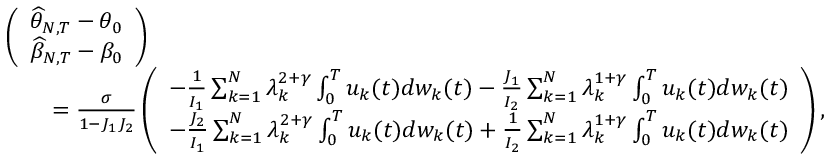
\begin{array} { r l } & { \left( \begin{array} { l } { \widehat { \theta } _ { N , T } - \theta _ { 0 } } \\ { \widehat { \beta } _ { N , T } - \beta _ { 0 } } \end{array} \right) } \\ & { \quad \quad = \frac { \sigma } { 1 - J _ { 1 } J _ { 2 } } \left( \begin{array} { l } { - \frac { 1 } { I _ { 1 } } \sum _ { k = 1 } ^ { N } \lambda _ { k } ^ { 2 + \gamma } \int _ { 0 } ^ { T } u _ { k } ( t ) d w _ { k } ( t ) - \frac { J _ { 1 } } { I _ { 2 } } \sum _ { k = 1 } ^ { N } \lambda _ { k } ^ { 1 + \gamma } \int _ { 0 } ^ { T } u _ { k } ( t ) d w _ { k } ( t ) } \\ { - \frac { J _ { 2 } } { I _ { 1 } } \sum _ { k = 1 } ^ { N } \lambda _ { k } ^ { 2 + \gamma } \int _ { 0 } ^ { T } u _ { k } ( t ) d w _ { k } ( t ) + \frac { 1 } { I _ { 2 } } \sum _ { k = 1 } ^ { N } \lambda _ { k } ^ { 1 + \gamma } \int _ { 0 } ^ { T } u _ { k } ( t ) d w _ { k } ( t ) } \end{array} \right) , } \end{array}